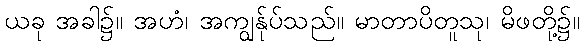
ယခု အခါ၌။ အဟံ၊ အကျွန်ုပ်သည်။ မာတာပိတူသု၊ မိဖတို့၌။